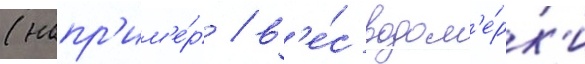
(напр'им'е́р / в'е́с водом'е́рк'и